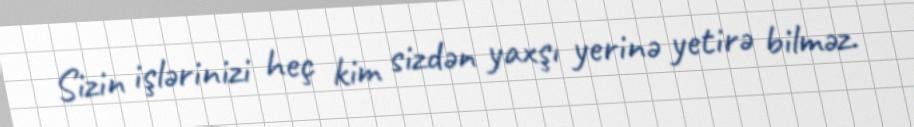
Sizin işlərinizi heç kim sizdən yaxşı yerinə yetirə bilməz.